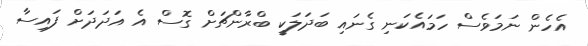
އެހެން ނަމަވެސް ހަމައެކަނި ގެނައި ބަދަލަކީ ބްރާންޗަށް ގޮސް އެ އަދަދަށް ފައިސާ